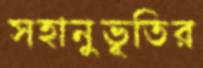
সহানুভূতির